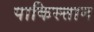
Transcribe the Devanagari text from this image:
पाकिस्त्तान